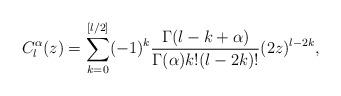
LaTeX: \begin{align*}C_l^{\alpha}(z)=\sum_{k=0}^{[ l/2 ]}(-1)^k\frac{\Gamma(l-k+\alpha)}{\Gamma(\alpha)k!(l-2k)!}(2z)^{l-2k},\end{align*}